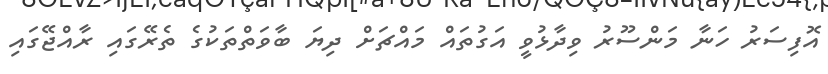
އޮފިސަރު ހަނާ މަންސޫރު ވިދާޅުވީ އަގުތައް މައްޗަށް ދިޔަ ބާވަތްތަކުގެ ތެރޭގައި ރާއްޖޭގައި